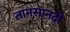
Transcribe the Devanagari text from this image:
तानसानदी